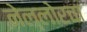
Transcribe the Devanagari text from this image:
नेल्लोरचा